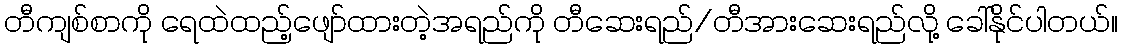
တီကျစ်စာကို ရေထဲထည့်ဖျော်ထားတဲ့အရည်ကို တီဆေးရည်/တီအားဆေးရည်လို့ ခေါ်နိုင်ပါတယ်။